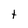
Character: t